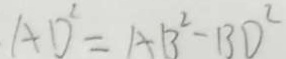
A D ^ { 2 } = A B ^ { 2 } - B D ^ { 2 }